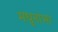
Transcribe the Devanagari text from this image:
मधुनाभा